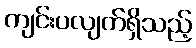
ကျင်းပလျက်ရှိသည့်